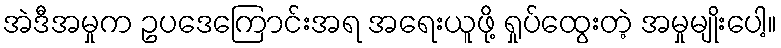
အဲဒီအမှုက ဥပဒေကြောင်းအရ အရေးယူဖို့ ရှုပ်ထွေးတဲ့ အမှုမျိုးပေါ့။